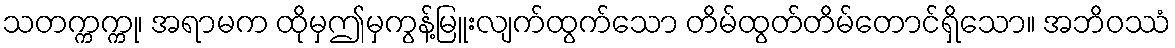
သတက္ကက္ကု၊ အရာမက ထိုမှဤမှကွန့်မြူးလျက်ထွက်သော တိမ်ထွတ်တိမ်တောင်ရှိသော။ အဘိဝဿံ